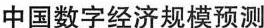
中国数字经济规模预测